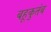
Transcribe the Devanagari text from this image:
बहूकुतंब